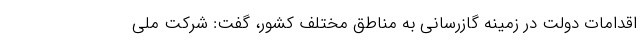
اقدامات دولت در زمینه گازرسانی به مناطق مختلف کشور، گفت: شرکت ملی